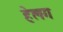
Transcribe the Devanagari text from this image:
हेलग